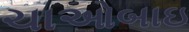
ચાઓબાઇ